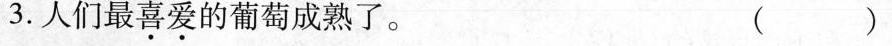
3.人们最喜爱的葡萄成熟了。（）